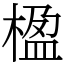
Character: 楹